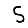
Digit: 5